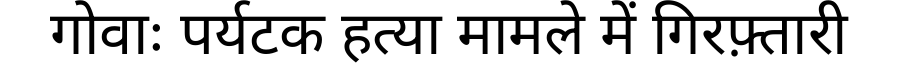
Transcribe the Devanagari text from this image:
गोवाः पर्यटक हत्या मामले में गिरफ़्तारी